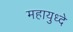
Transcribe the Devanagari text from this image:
महायुध्दे